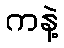
ကနဲ့